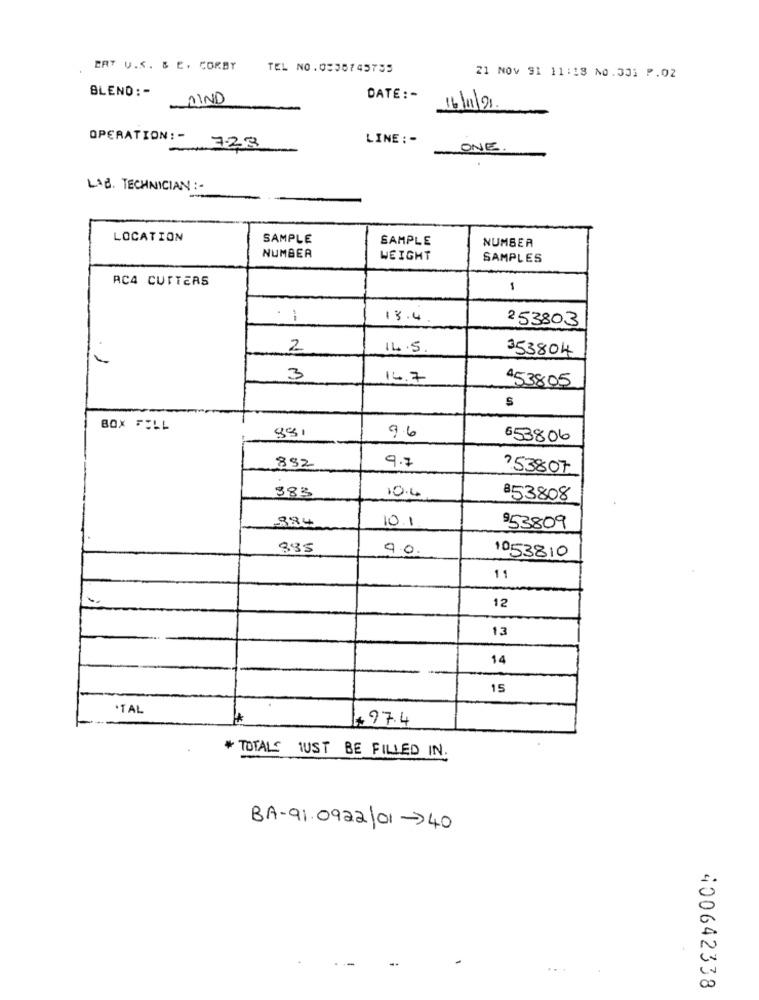
ERT U.S. & E, CORBY
TEL NO.0335743755
21 NOV 91 11:18 10.331 P.02
BLEND : -
MIND
DATE: -
OPERATION: -
LINE : -
723
ONE.
LAB TECHNICIAN :-
LOCATION
SAMPLE
SAMPLE
NUMBER
NUMBER
WEIGHT
SAMPLES
AC4 CUTTERS
1
: 1
13.4
2 53803
2
14.5
353804
3
14.7
453805
S
BOX FELL
9.6
653806
9.7
882
?53807
383
10.4
853808
384
10.1
953809
335
9.0.
1053810
11
12
13
14
15
.TAL
+27.4
* TOTALS JUST BE FILLED IN.
BA-91.0922/01->40
v
00
400642338